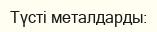
Түсті металдарды: